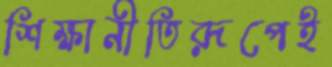
শিক্ষানীতিরূপেই